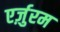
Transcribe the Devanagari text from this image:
एर्ज़ुरम